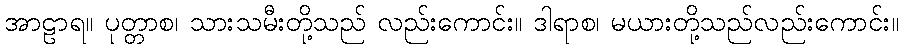
အာဠာရ။ ပုတ္တာစ၊ သားသမီးတို့သည် လည်းကောင်း။ ဒါရာစ၊ မယားတို့သည်လည်းကောင်း။